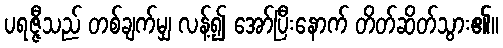
ပရဇ္ဇီသည် တစ်ချက်မျှ လန့်၍ အော်ပြီးနောက် တိတ်ဆိတ်သွား၏။